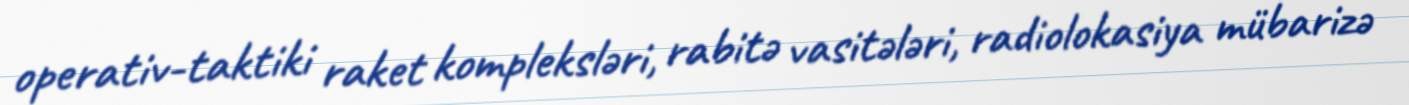
operativ-taktiki raket kompleksləri, rabitə vasitələri, radiolokasiya mübarizə